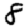
Digit: 8